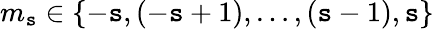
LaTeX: m_{\mathtt{s}}\in\{ -\mathtt{s},(-\mathtt{s}+1),\ldots,(\mathtt{s}-1),\mathtt{s}\}